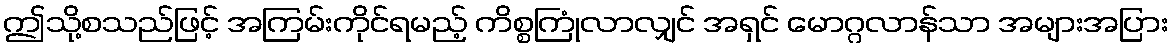
ဤသို့စသည်ဖြင့် အကြမ်းကိုင်ရမည့် ကိစ္စကြုံလာလျှင် အရှင် မောဂ္ဂလာန်သာ အများအပြား